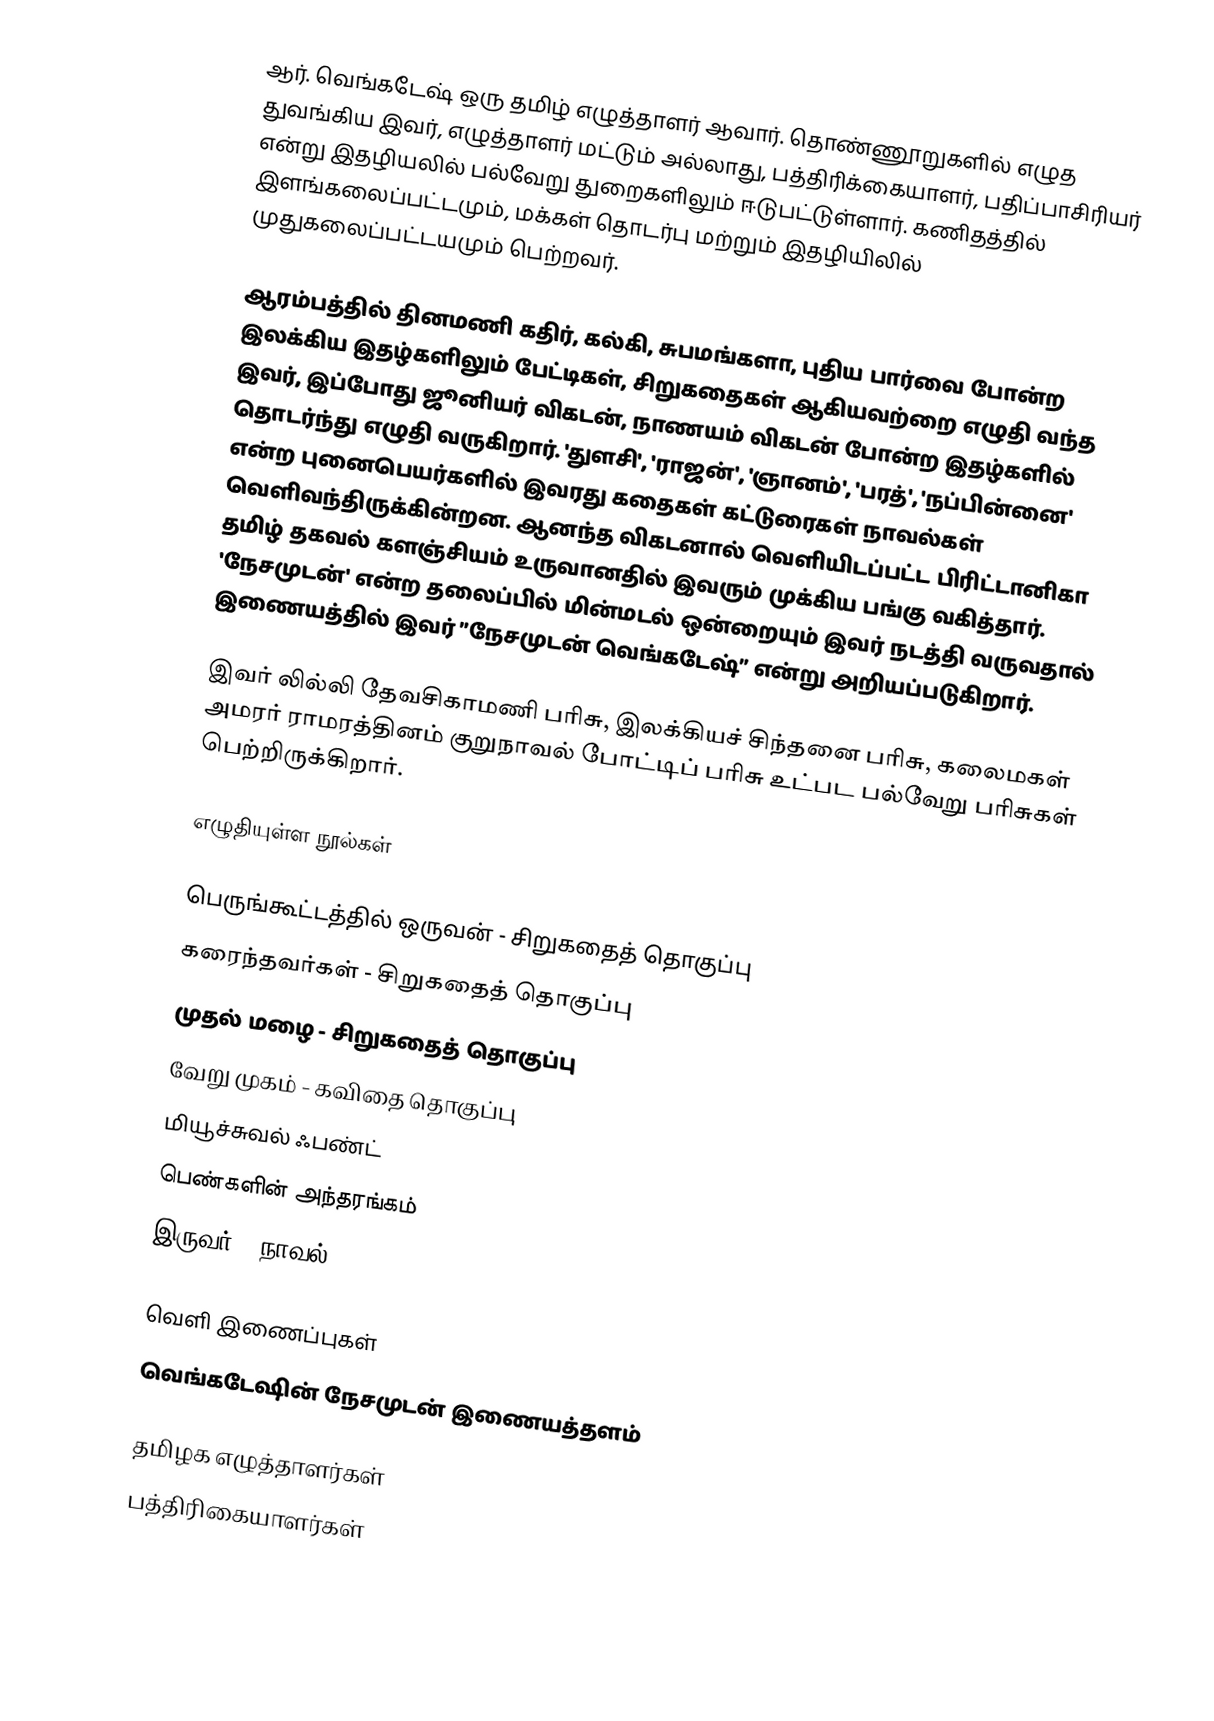
ஆர். வெங்கடேஷ் ஒரு தமிழ் எழுத்தாளர் ஆவார். தொண்ணூறுகளில் எழுத துவங்கிய இவர், எழுத்தாளர் மட்டும் அல்லாது, பத்திரிக்கையாளர், பதிப்பாசிரியர் என்று இதழியலில் பல்வேறு துறைகளிலும் ஈடுபட்டுள்ளார். கணிதத்தில் இளங்கலைப்பட்டமும், மக்கள் தொடர்பு மற்றும் இதழியிலில் முதுகலைப்பட்டயமும் பெற்றவர்.

ஆரம்பத்தில் தினமணி கதிர், கல்கி, சுபமங்களா, புதிய பார்வை போன்ற இலக்கிய இதழ்களிலும் பேட்டிகள், சிறுகதைகள் ஆகியவற்றை எழுதி வந்த இவர், இப்போது ஜூனியர் விகடன், நாணயம் விகடன் போன்ற இதழ்களில் தொடர்ந்து எழுதி வருகிறார். 'துளசி', 'ராஜன்', 'ஞானம்', 'பரத்', 'நப்பின்னை' என்ற புனைபெயர்களில் இவரது கதைகள் கட்டுரைகள் நாவல்கள் வெளிவந்திருக்கின்றன. ஆனந்த விகடனால்  வெளியிடப்பட்ட பிரிட்டானிகா தமிழ் தகவல் களஞ்சியம் உருவானதில் இவரும் முக்கிய பங்கு வகித்தார்.  'நேசமுடன்' என்ற தலைப்பில் மின்மடல் ஒன்றையும் இவர் நடத்தி வருவதால் இணையத்தில் இவர் ”நேசமுடன் வெங்கடேஷ்” என்று அறியப்படுகிறார்.

இவர் லில்லி தேவசிகாமணி பரிசு, இலக்கியச் சிந்தனை பரிசு, கலைமகள் அமரர் ராமரத்தினம் குறுநாவல் போட்டிப் பரிசு உட்பட பல்வேறு பரிசுகள் பெற்றிருக்கிறார்.

எழுதியுள்ள நூல்கள்

 பெருங்கூட்டத்தில் ஒருவன் - சிறுகதைத் தொகுப்பு
 கரைந்தவர்கள் - சிறுகதைத் தொகுப்பு
 முதல் மழை - சிறுகதைத் தொகுப்பு
 வேறு முகம் - கவிதை தொகுப்பு
 மியூச்சுவல் ஃபண்ட்
 பெண்களின் அந்தரங்கம்
 இருவர் - நாவல்

வெளி இணைப்புகள்
 வெங்கடேஷின் நேசமுடன் இணையத்தளம்

தமிழக எழுத்தாளர்கள்
பத்திரிகையாளர்கள்